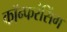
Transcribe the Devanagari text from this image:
कॉन्फरंसिंग